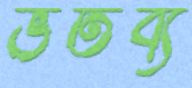
ভর্তব্য